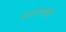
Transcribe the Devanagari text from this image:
आदरापोटी